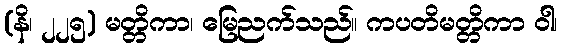
(နိ၊ ၂၂၅) မတ္တိကာ၊ မြေညက်သည်။ ကပတိမတ္တိကာ ဝါ၊